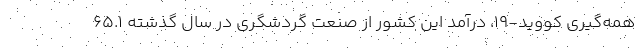
همه‌گیری کووید-۱۹، درآمد این کشور از صنعت گردشگری در سال گذشته ۶۵.۱